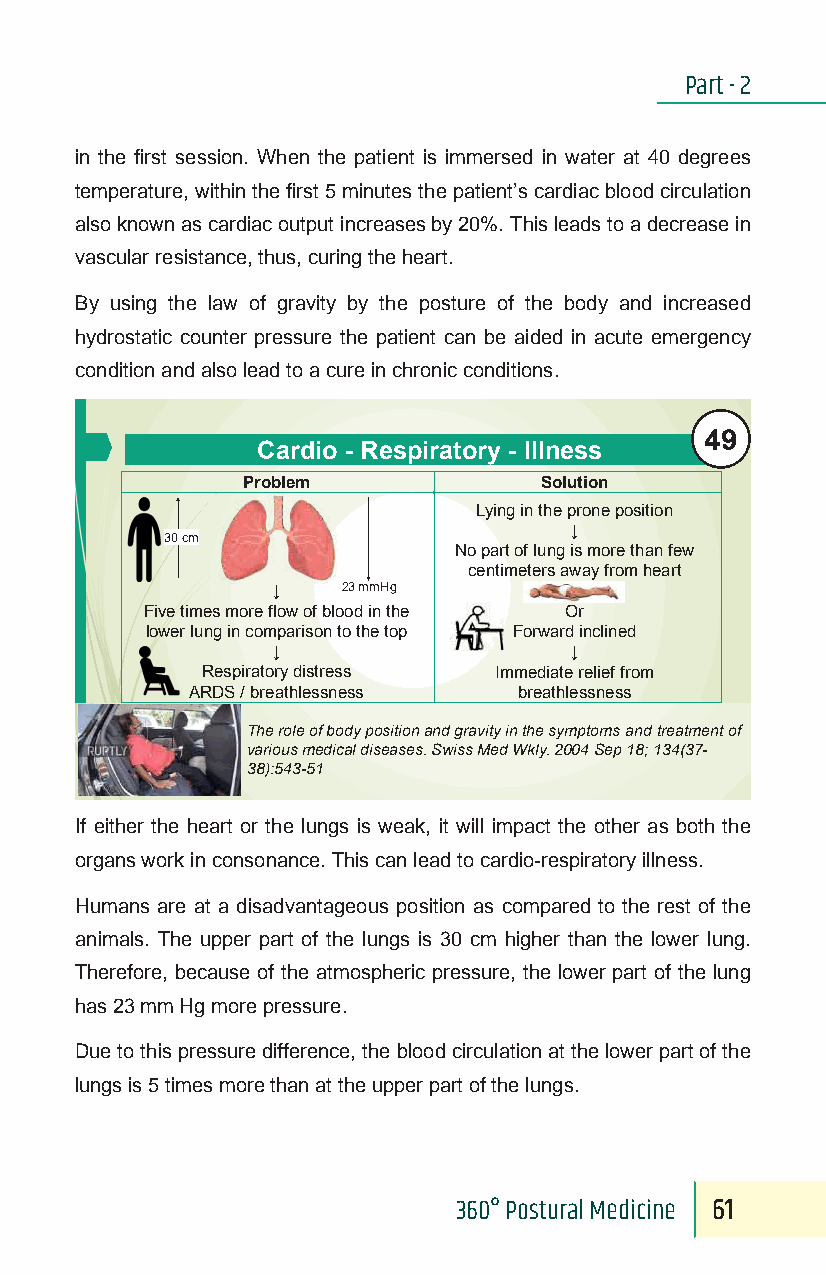
Part - 2
 in the first session. When the patient is immersed in water at 40 degrees
 temperature, within the first 5 minutes the patient’s cardiac blood circulation
 also known as cardiac output increases by 20%. This leads to a decrease in
 vascular resistance, thus, curing the heart.
 By using the law of gravity by the posture of the body and increased
 hydrostatic counter prCessaurred thieo p a-tieRnt ecasn pbei raaidetdo inr yac u-teI ellmneregesncsy
 condition and also lead to a cure in chronic conditions.
 Problem                     Solution
 Lying in the prone position
 49
 Cardio - Respiratory - Illness ↓
 30 cm
 Problem             SNolou tipoanrt of lung is more than few
 Lying in the cpreonneti pmoseittioenrs away from heart
 30 cm   ↓      23 mmHg     ↓
 No part of lung is more than few
 Five times more flow of blood in the   Or
 centimeters away from heart
 lower lung in co↓mparis2o3 mnm Htog the top Forward inclined
 Five times more flow of blood in the Or
 ↓                           ↓
 lower lung in comparison to the top Forward inclined
 Respira↓tory distress    ↓ Immediate relief from
 ARRDesSp ir/a btorrye daisthtrelessssness Immediate relief frobmr eathlessness
 ARDS / breathlessness breathlessness
 TTheh reol er oofl ebo odyf pboosidtioyn panods gitriaovnity ainn thde gsyrmapvtiotmy si nan tdh tere astmyemntp otfo ms and treatment of
 vvaraioruiso mused micael ddisiceaasle ds.i sSweiasss Meesd. WSkwlyi.s 2s00 M4 Seedp 1W8; k1l3y4.( 3270-04 Sep 18; 134(37-
 38):543-51
 38):543-51
 If either the heart or the lungs is weak, it will impact the other as both the
 organs work in consonance. This can lead to cardio-respiratory illness.
 Humans are at a disadvantageous position as compared to the rest of the
 animals. The upper part of the lungs is 30 cm higher than the lower lung.
 Therefore, because of the atmospheric pressure, the lower part of the lung
 has 23 mm Hg more pressure.
 Due to this pressure difference, the blood circulation at the lower part of the
 lungs is 5 times more than at the upper part of the lungs.
 360° Postural Medicine 61